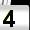
Digit: 4